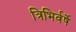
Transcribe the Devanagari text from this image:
त्रिभिर्वर्षे